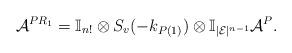
LaTeX: \begin{align*}\mathcal{A}^{PR_1}=\mathbb{I}_{n!}\otimes S_v(-k_{P(1)})\otimes\mathbb{I}_{|\mathcal{E}|^{n-1}}\mathcal{A}^P.\end{align*}